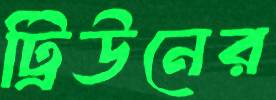
ট্রিউনের